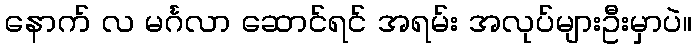
နောက် လ မင်္ဂလာ ဆောင်ရင် အရမ်း အလုပ်များဦးမှာပဲ။